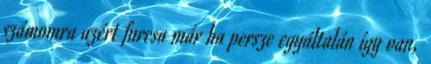
számomra azért furcsa már ha persze egyáltalán így van,